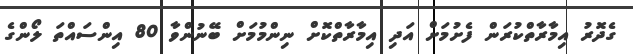
ގެދޮރު އިމާރާތްކުރަން ފެށުމަށް އަދި އިމާރާތްކޮށް ނިންމުމަށް ބޭނުންވާ 80 އިންސައްތަ ލޯންގެ